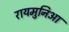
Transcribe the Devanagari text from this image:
रायमुनिआ